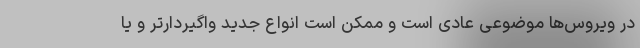
در ویروس‌ها موضوعی عادی است و ممکن است انواع جدید واگیردارتر و یا